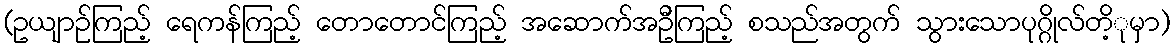
(ဥယျာဉ်ကြည့် ရေကန်ကြည့် တောတောင်ကြည့် အဆောက်အဦကြည့် စသည်အတွက် သွားသောပုဂ္ဂိုလ်တိ့ုမှာ)